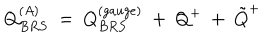
LaTeX: Q _ { B R S } ^ { ( A ) } ~ = ~ Q _ { B R S } ^ { ( g a u g e ) } ~ + ~ Q ^ { + } ~ + ~ { \tilde { Q } } ^ { + }